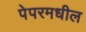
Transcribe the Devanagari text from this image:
पेपरमधील